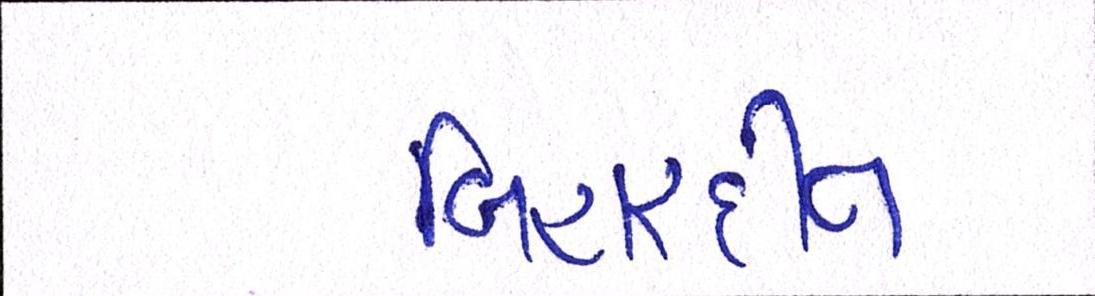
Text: બિહારીદાન